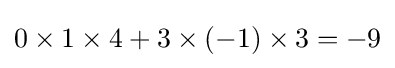
0\times 1\times 4+3\times (-1)\times 3=-9